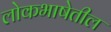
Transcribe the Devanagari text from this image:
लोकभाषेतील